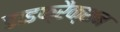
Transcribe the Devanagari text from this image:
डाइफ्रैक्शन